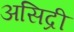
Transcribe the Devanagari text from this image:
असिद्री